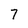
Character: 7